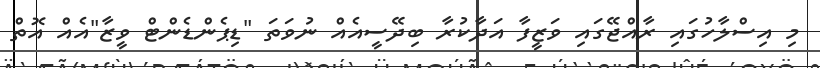
މި އިސްލާހުގައި ރާއްޖޭގައި ވަޒީފާ އަދާކުރާ ބިދޭސީއެއް ނުވަތަ "ޑިޕެންޑެންޓް ވީޒާ"އެއް އޮތް